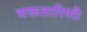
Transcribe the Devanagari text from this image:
भक्ततारिणी